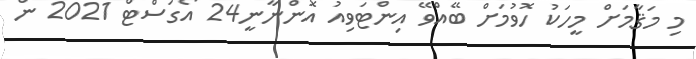
މި މަޤާމަށް މީހަކު ހޮވުމަށް ބޭއްވޭ އިންޓަވިއު އޮންނާނީ24 އޯގަސްޓް 2021 ން